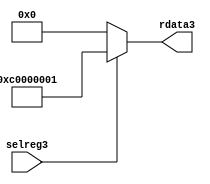
//File3 name   : smc_cfreg_lite3.v
//Title3       : 
//Created3     : 1999
//Description3 : Single3 instance of a config register
//Notes3       : 
//----------------------------------------------------------------------
//   Copyright3 1999-2010 Cadence3 Design3 Systems3, Inc3.
//   All Rights3 Reserved3 Worldwide3
//
//   Licensed3 under the Apache3 License3, Version3 2.0 (the
//   "License3"); you may not use this file except3 in
//   compliance3 with the License3.  You may obtain3 a copy of
//   the License3 at
//
//       http3://www3.apache3.org3/licenses3/LICENSE3-2.0
//
//   Unless3 required3 by applicable3 law3 or agreed3 to in
//   writing, software3 distributed3 under the License3 is
//   distributed3 on an "AS3 IS3" BASIS3, WITHOUT3 WARRANTIES3 OR3
//   CONDITIONS3 OF3 ANY3 KIND3, either3 express3 or implied3.  See
//   the License3 for the specific3 language3 governing3
//   permissions3 and limitations3 under the License3.
//----------------------------------------------------------------------



module smc_cfreg_lite3 (
  // inputs3
  selreg3,

  // outputs3
  rdata3
);


// Inputs3
input         selreg3;               // select3 the register for read/write access

// Outputs3
output [31:0] rdata3;                 // Read data

wire   [31:0] smc_config3;
wire   [31:0] rdata3;


assign rdata3 = ( selreg3 ) ? smc_config3 : 32'b0;
assign smc_config3 =  {1'b1,1'b1,8'h00, 2'b00, 2'b00, 2'b00, 2'b00,2'b00,2'b00,2'b00,8'h01};




endmodule // smc_cfreg3